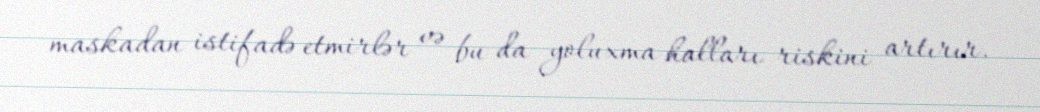
maskadan istifadə etmirlər və bu da yoluxma halları riskini artırır.